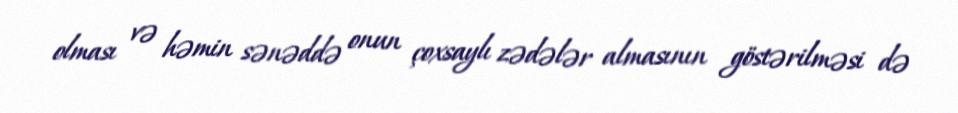
olması və həmin sənəddə onun çoxsaylı zədələr almasının göstərilməsi də